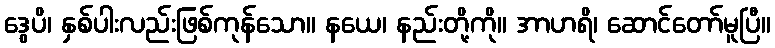
ဒွေပိ၊ နှစ်ပါးလည်းဖြစ်ကုန်သော။ နယေ၊ နည်းတို့ကို။ အာဟရိ၊ ဆောင်တော်မူပြီ။